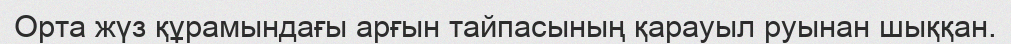
Орта жүз құрамындағы арғын тайпасының қарауыл руынан шыққан.